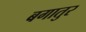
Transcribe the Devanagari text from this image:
बगातुर